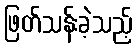
ဖြတ်သန်းခဲ့သည့်